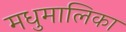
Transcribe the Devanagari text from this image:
मधुमालिका